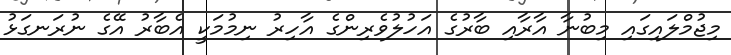
މިޖުމްލައިގައި މިބުނާ އާރާއި ބާރުގެ އަހުލުވެރިންގެ އާހިރު ނިމުމަކީ އެބާރު އޭގެ ނުރަނގަޅު